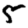
Digit: 5